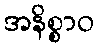
အနိစ္စာဝ